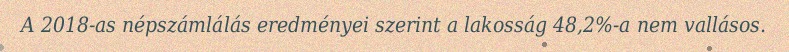
A 2018-as népszámlálás eredményei szerint a lakosság 48,2%-a nem vallásos.